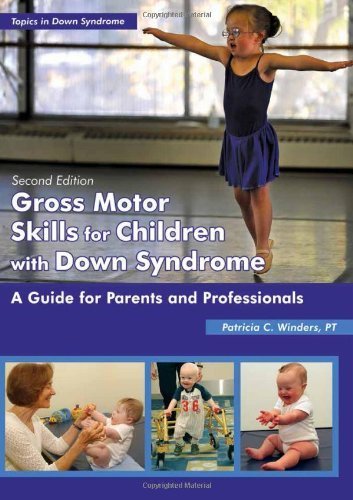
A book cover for Gross Motor Skills for Children With Down Syndrome: A Guide for Parents and Professionals (Topics in Down Syndrome) by Patricia C. Winders (2013) Paperback; Patricia C. Winders; Health, Fitness & Dieting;